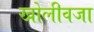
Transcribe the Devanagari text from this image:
खोलीवजा